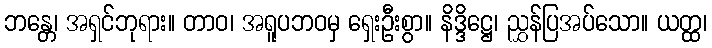
ဘန္တေ၊ အရှင်ဘုရား။ တာဝ၊ အရူပဘဝမှ ရှေးဦးစွာ။ နိဒ္ဒိဋ္ဌေ၊ ညွှန်ပြအပ်သော။ ယတ္ထ၊